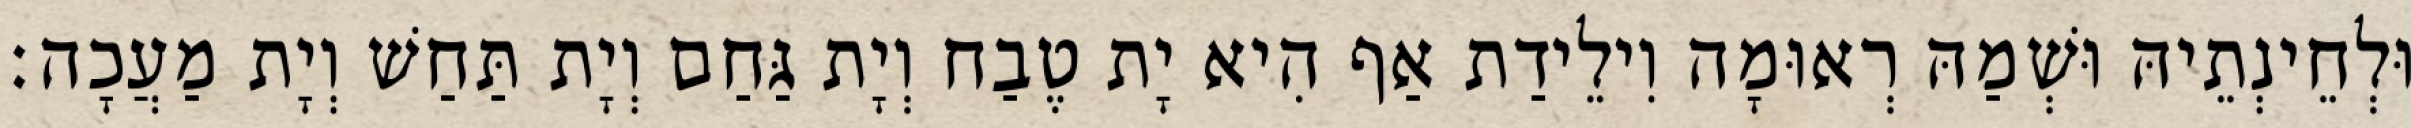
וּלְחֵינְתֵיהּ וּשְׁמַהּ רְאוּמָה וִילֵידַת אַף הִיא יָת טֶבַח וְיָת גַּחַם וְיָת תַּחַשׁ וְיָת מַעֲכָה׃